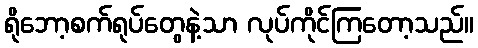
ရိုဘော့စက်ရုပ်တွေနဲ့သာ လုပ်ကိုင်ကြတော့သည်။